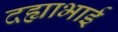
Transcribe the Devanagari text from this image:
दह्याभाई